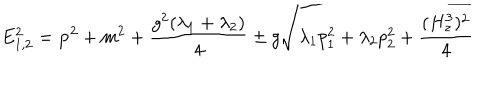
LaTeX: E _ { 1 , 2 } ^ { 2 } = { \bf p } ^ { 2 } + m ^ { 2 } + \frac { g ^ { 2 } ( \lambda _ { 1 } + \lambda _ { 2 } ) } { 4 } \pm g \sqrt { \lambda _ { 1 } p _ { 1 } ^ { 2 } + \lambda _ { 2 } p _ { 2 } ^ { 2 } + \frac { ( H _ { z } ^ { 3 } ) ^ { 2 } } { 4 } }